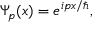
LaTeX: \Psi _ { p } ( x ) = e ^ { i p x / \hbar } ,